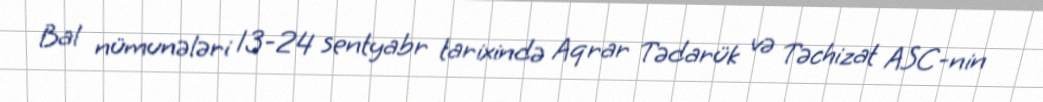
Bal nümunələri 13-24 sentyabr tarixində Aqrar Tədarük və Təchizat ASC-nin